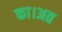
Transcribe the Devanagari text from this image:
का।अत